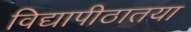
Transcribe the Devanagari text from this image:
विद्यापीठातया